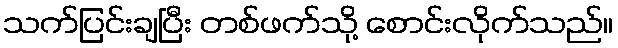
သက်ပြင်းချပြီး တစ်ဖက်သို့ စောင်းလိုက်သည်။